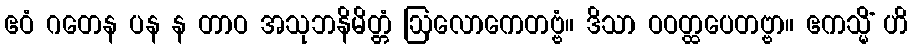
ဧဝံ ဂတေန ပန န တာဝ အသုဘနိမိတ္တံ ဩလောကေတဗ္ဗံ။ ဒိသာ ဝဝတ္ထပေတဗ္ဗာ။ ဧကသ္မိံ ဟိ